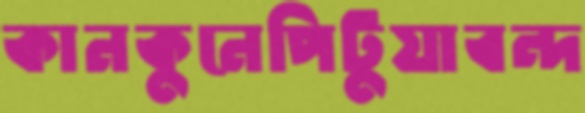
কানকুনেপিটুয়াবন্দ